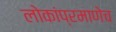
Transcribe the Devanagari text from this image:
लोकांप्रमाणेच